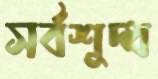
সর্বশুদ্ধ